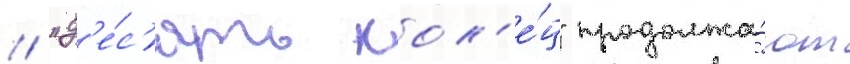
/ "д'е́с'ять кол'е́ц" продолжа́ют